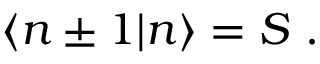
\langle n \pm 1 | n \rangle = S \ .